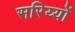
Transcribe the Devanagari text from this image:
सरिय्यों